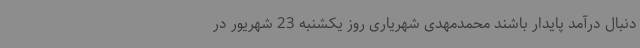
دنبال درآمد پایدار باشند محمدمهدی شهریاری روز یکشنبه 23 شهریور در